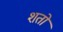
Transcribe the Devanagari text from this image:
शतो